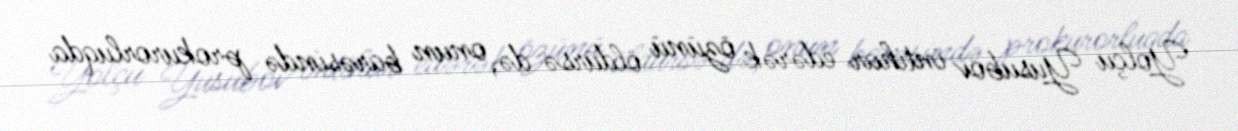
Yolçu Yusubov intihar edərək özünü öldürsə də, onun barəsində prokurorluqda